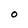
Character: O